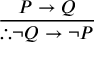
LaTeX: \frac { P \to Q } { \therefore \neg Q \to \neg P }